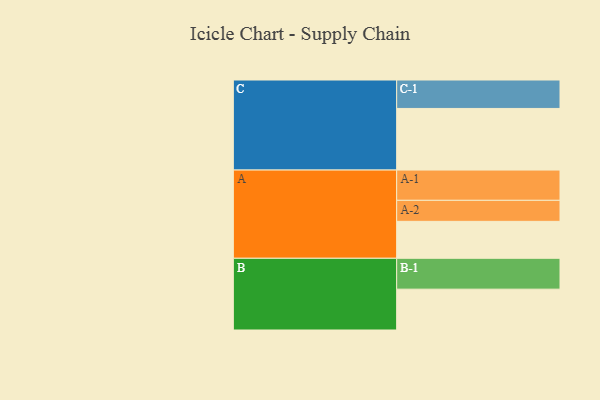
{"axis": {"x": "Segment", "y": "Value"}, "legend": ["", "A", "B", "C"], "data": [{"x": "A", "y": 304, "type": ""}, {"x": "B", "y": 336, "type": ""}, {"x": "C", "y": 507, "type": ""}, {"x": "A-1", "y": 249, "type": "A"}, {"x": "A-2", "y": 173, "type": "A"}, {"x": "B-1", "y": 254, "type": "B"}, {"x": "C-1", "y": 234, "type": "C"}]}